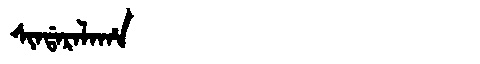
Manchu: ᠰᡳᠨᡩᠠᡵᠠᠯᠠᡥᠠ
Romanization: SINDARALAHA